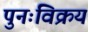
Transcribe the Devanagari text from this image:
पुनःविक्रय